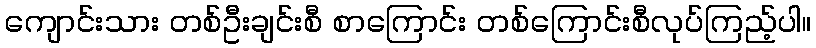
ကျောင်းသား တစ်ဦးချင်းစီ စာကြောင်း တစ်ကြောင်းစီလုပ်ကြည့်ပါ။